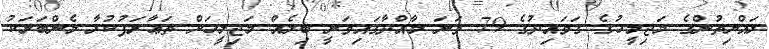
ރައްޔިތުންގެ މަޖިލީހުގެ ގަވައިދުގެ 79 ވަނަ މާއްދާގައިވަނީ ބިލެއް މަޖިލީހަށް ތަޢާރަފުކުރާ މެންބަރަކު